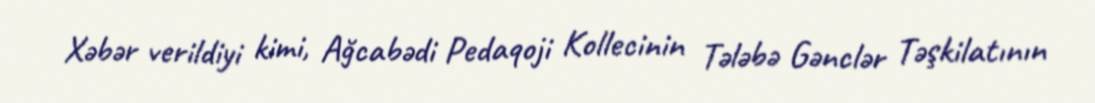
Xəbər verildiyi kimi, Ağcabədi Pedaqoji Kollecinin Tələbə Gənclər Təşkilatının